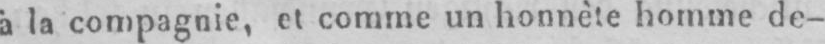
à la compagnie, et comme un honnète homme de-